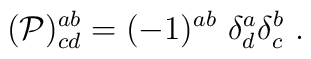
({\cal P})^{ab}_{cd}=(-1)^{ab}\ \delta^a_d\delta^b_c\ .